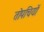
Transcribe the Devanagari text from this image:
तोपचियों